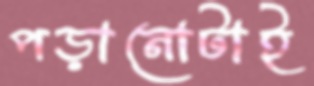
পড়ানোটাই